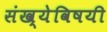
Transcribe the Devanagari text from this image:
संख्येविषयी